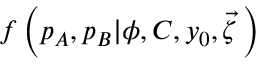
f \left( p _ { A } , p _ { B } | \phi , C , y _ { 0 } , \vec { \zeta } \, \right)